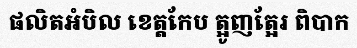
ផលិតអំបិល ខេត្តកែប ត្អូញត្អែរ ពិបាក